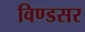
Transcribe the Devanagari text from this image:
विण्डसर